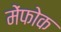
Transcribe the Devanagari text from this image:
मेंफोक